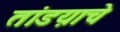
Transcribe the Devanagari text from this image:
तांडय़ाचे